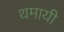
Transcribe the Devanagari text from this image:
थमायी